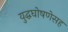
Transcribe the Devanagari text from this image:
युद्धघोषणेसह